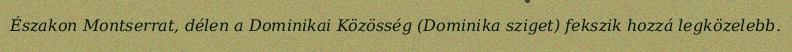
Északon Montserrat, délen a Dominikai Közösség (Dominika sziget) fekszik hozzá legközelebb.